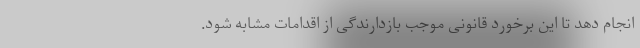
انجام دهد تا این برخورد قانونی موجب بازدارندگی از اقدامات مشابه شود.